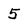
Character: 5